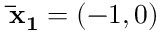
\mathbf { \bar { x } _ { 1 } } = ( - 1 , 0 )